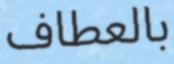
بالعطاف